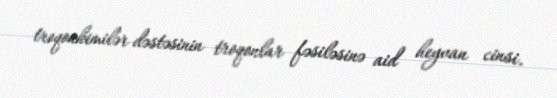
troqonkimilər dəstəsinin troqonlar fəsiləsinə aid heyvan cinsi.